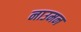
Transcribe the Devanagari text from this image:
नाउमन